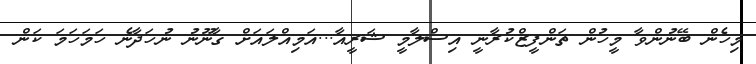
މިހެން ބޭނުންވާ މީހުން ތަންފީޒްކުރާނީ އިސްލާމީ ޝަރީއާ...އަމިއްލައަށް ގާނޫނު ނުހަދާނެ ހަމަހަމަ ކަން